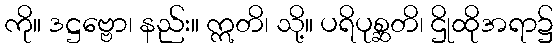
ကို။ ဒဋ္ဌဗ္ဗော၊ နည်း။ ဣတိ၊ သို့။ ပရိပုစ္ဆတိ၊ ဌိုထိုအရာ၌